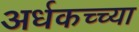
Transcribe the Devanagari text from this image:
अर्धकच्च्या